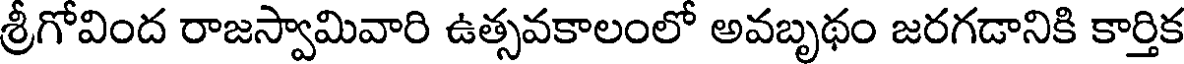
శ్రీగోవింద రాజస్వామివారి ఉత్సవకాలంలో అవబృథం జరగడానికి కార్తిక